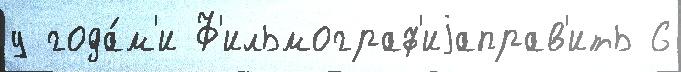
у года́м'и Ф'ильмограф'иjаправ'ить 6